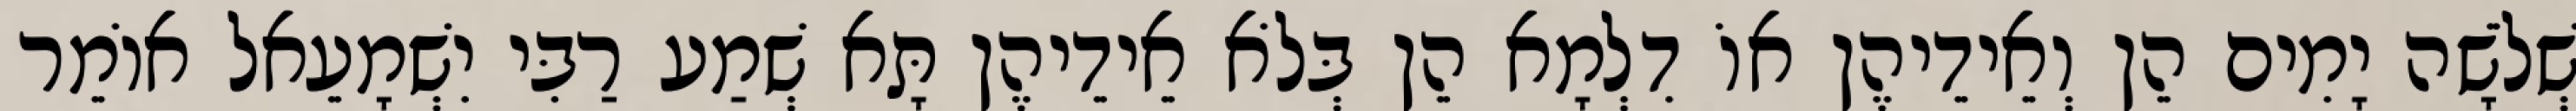
שְׁלֹשָׁה יָמִים הֵן וְאֵידֵיהֶן אוֹ דִלְמָא הֵן בְּלֹא אֵידֵיהֶן תָּא שְׁמַע רַבִּי יִשְׁמָעֵאל אוֹמֵר